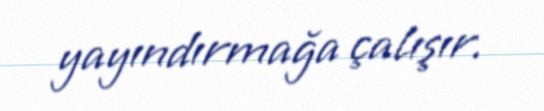
yayındırmağa çalışır.